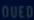
QUED